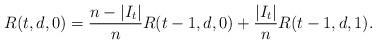
LaTeX: \begin{align*}R(t,d,0) = \frac{ n - \lvert I_t \rvert }{n} R( t-1, d, 0 ) + \frac{\lvert I_t \rvert}{n} R( t-1, d, 1 ).\end{align*}